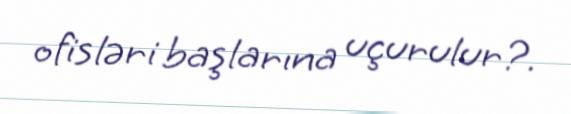
ofisləri başlarına uçurulur?.